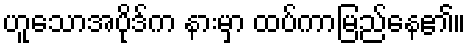
ဟူသောအပိုဒ်က နားမှာ ထပ်ကာမြည်နေ၏။